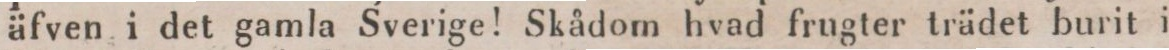
äfven i det gamla Sverige! Skådom hvad frugter trädet burit i